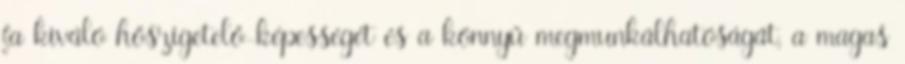
fa kiváló hőszigetelő-képességét és a könnyű megmunkálhatóságát, a magas